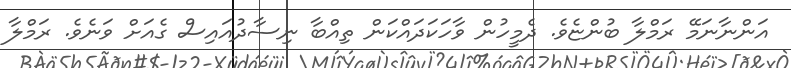
އަންނާނަމޭ ރަމްލާ ބުންޏެވެ. ދެމީހުން ވާހަކަދައްކަން ތިއްބާ ނިސާދުއައިސް ގެއަށް ވަނެވެ. ރަމްލާ